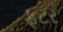
ફૂટર